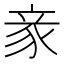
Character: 豙